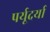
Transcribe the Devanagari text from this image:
पर्यूदर्या